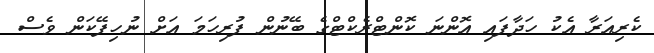
ކެރިއަރާ އެކު ހަދާފައި އޮންނަ ކޮންޓްރެކްޓްގެ ބޭނުން ފުރިހަމަ އަށް ނުހިފޭކަން ވެސް